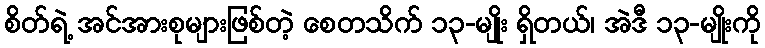
စိတ်ရဲ့ အင်အားစုများဖြစ်တဲ့ စေတသိက် ၁၃-မျိုး ရှိတယ်၊ အဲဒီ ၁၃-မျိုးကို